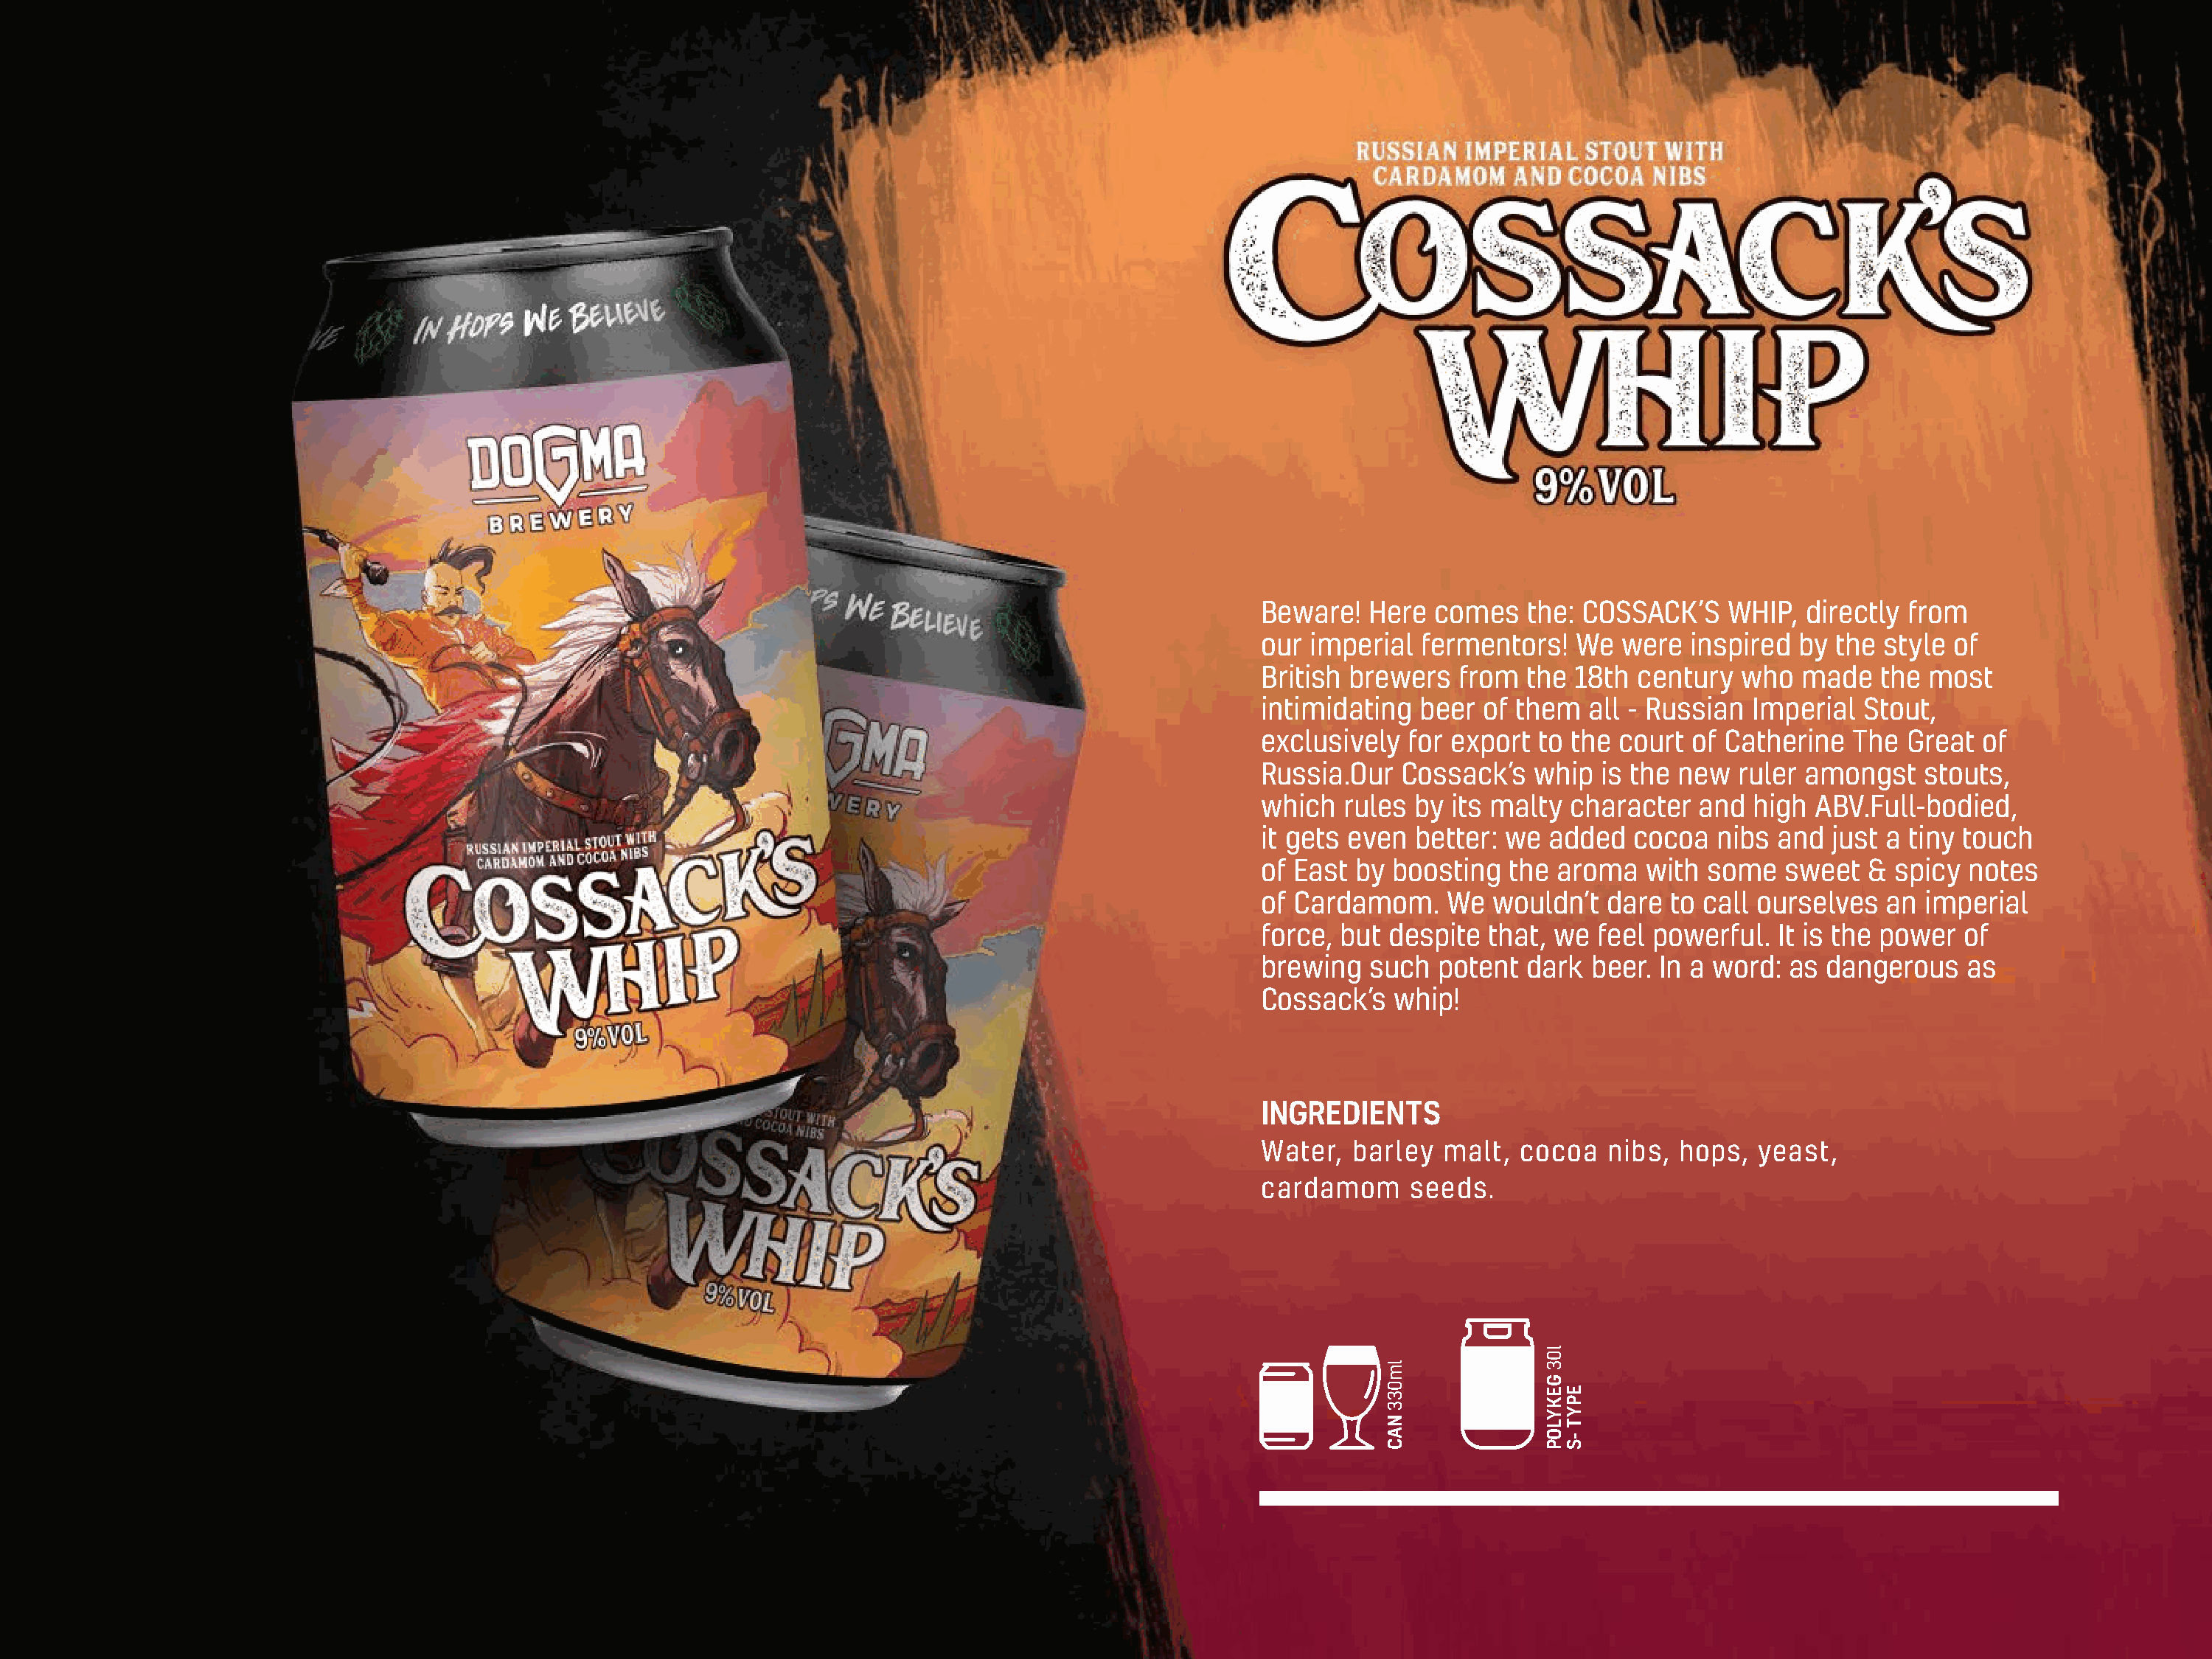
Beware!   Here  comes   the: COSSACK’S    WHIP,  directly from
 our  imperial  fermentors!  We   were  inspired by  the style of
 British brewers   from  the 18th  century  who   made   the most
 intimidating  beer  of them   all - Russian Imperial  Stout,
 exclusively  for export  to the court  of Catherine  The  Great  of
 Russia.Our   Cossack’s   whip  is the new  ruler amongst    stouts,
 which   rules by its malty  character   and high  ABV.Full-bodied,
 it gets even  better: we  added   cocoa  nibs  and just a tiny touch
 of East  by boosting   the aroma   with some   sweet   & spicy  notes
 of Cardamom.     We  wouldn’t  dare  to call ourselves  an  imperial
 force, but  despite  that, we feel powerful.   It is the power of
 brewing   such  potent  dark  beer. In a word:  as dangerous    as
 Cossack’s   whip!
 INGREDIENTS
 Water,  barley   malt,  cocoa  nibs,  hops,  yeast,
 cardamom      seeds.
 lm033
 NAC
 l03
 GEKYLOP
 EPYT
 -S